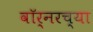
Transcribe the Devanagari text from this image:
वॉर्नरच्या